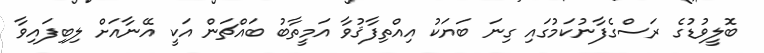
ބޮލީވުޑުގެ ރަސްގެފާނުކަމުގައި ގިނަ ބަޔަކު އިއްތިފާޤުވާ އަމީތާބު ބައްޗަން އަކީ އޭނާއަށް ލިބިފައިވާ